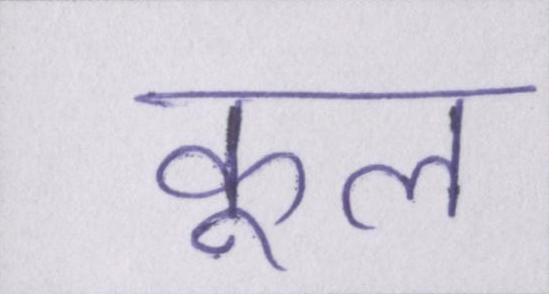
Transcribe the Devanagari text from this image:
कूल